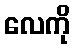
လေကို